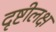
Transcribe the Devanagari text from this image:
दृष्टीलक्ष